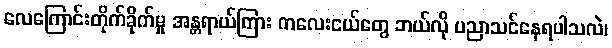
လေကြောင်းတိုက်ခိုက်မှု အန္တရာယ်ကြား ကလေးငယ်တွေ ဘယ်လို ပညာသင်နေရပါသလဲ၊